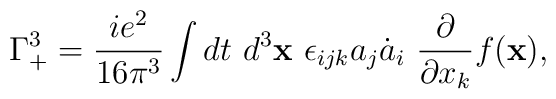
\Gamma_{+}^{3}=\frac{ie^{2}}{16\pi^{3}}\int d t ~d^{3}{\bf x}~\epsilon_{ijk}a_{j} \dot{a}_{i}~\frac{\partial}{\partial x_{k}}f({\bf x}) ,